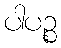
ပါပဉ္စ